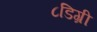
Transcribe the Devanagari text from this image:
८डिग्री